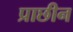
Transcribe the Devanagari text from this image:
प्राछीन